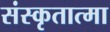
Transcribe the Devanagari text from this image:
संस्कृतात्मा